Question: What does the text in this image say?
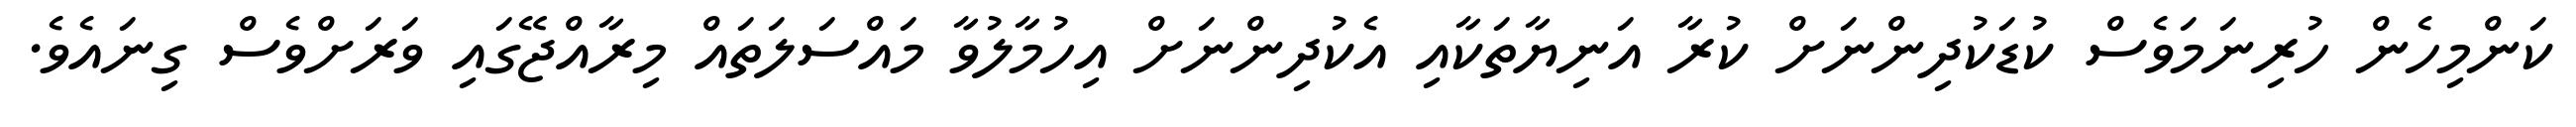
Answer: ކަންމިހެން ހުރިނަމަވެސް ކުޑަކުދިންނަށް ކުރާ އަނިޔާތަކާއި އެކުދިންނަށް އިހުމާލުވާ މައްސަލަތައް މިރާއްޖޭގައި ވަރަށްވެސް ގިނައެވެ.